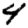
Digit: 4